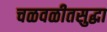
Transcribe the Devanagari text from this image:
चळवळीतसुद्धा